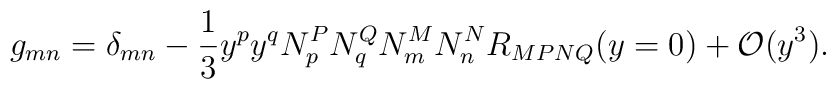
g_{m n}=\delta_{m n}-\frac{1}{3}y^p y^q N^P_p N^Q_qN^M_m N^N_n R_{MPNQ}(y=0)+{\cal O}(y^3).